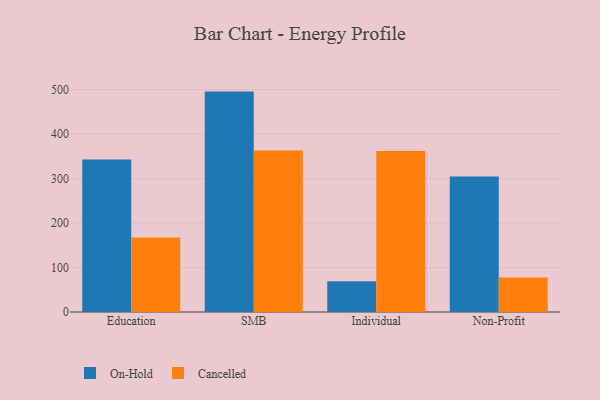
{"axis": {"x": "Segment", "y": "Backlog"}, "legend": ["Cancelled", "On-Hold"], "data": [{"x": "Education", "y": 343.1, "type": "On-Hold"}, {"x": "Education", "y": 167.6, "type": "Cancelled"}, {"x": "SMB", "y": 495.6, "type": "On-Hold"}, {"x": "SMB", "y": 363.0, "type": "Cancelled"}, {"x": "Individual", "y": 69.0, "type": "On-Hold"}, {"x": "Individual", "y": 361.9, "type": "Cancelled"}, {"x": "Non-Profit", "y": 304.6, "type": "On-Hold"}, {"x": "Non-Profit", "y": 77.3, "type": "Cancelled"}]}